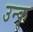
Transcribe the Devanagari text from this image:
उन्क्